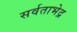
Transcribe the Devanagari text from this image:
सर्वताभेद्र